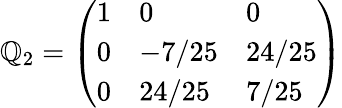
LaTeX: \mathbb{Q}_{2}={\left(\begin{array}{lll}{1}&{0}&{0}\\ {0}&{-7/25}&{24/25}\\ {0}&{24/25}&{7/25}\end{array}\right)}